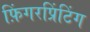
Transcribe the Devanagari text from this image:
फ़िंगरप्रिंटिंग